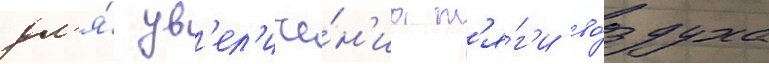
дл'я́ ув'ел'иче́н'иа т'я́г'и во́здуха